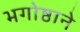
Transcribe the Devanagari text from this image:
भगोष्ठाने